Scottish Leaving Certificate Examination, 1957
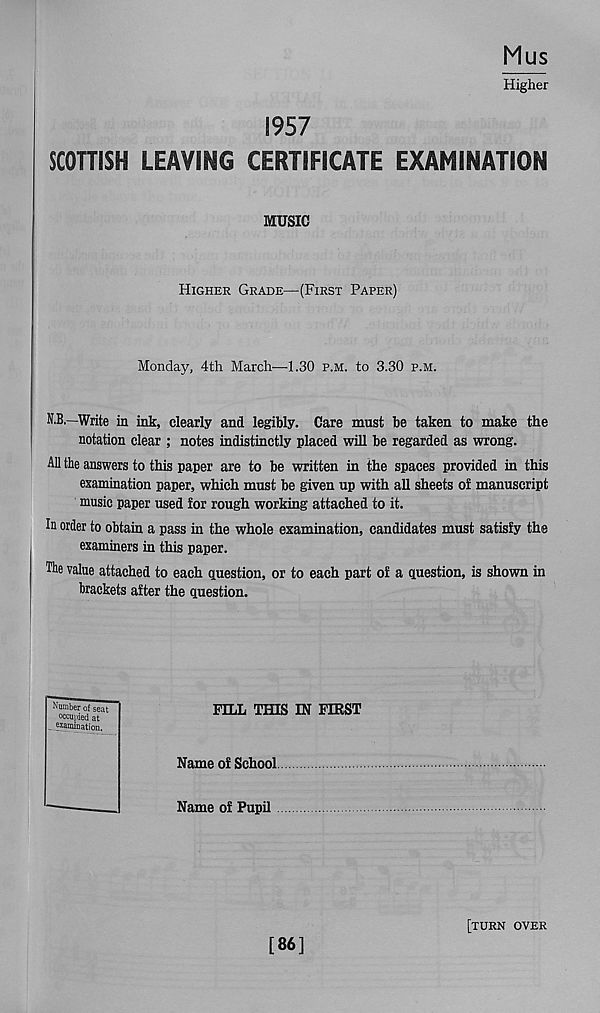
Mus
Higher
1957
SCOTTISH LEAVING CERTIFICATE EXAMINATION
MUSIC
Higher Grade—(First Paper)
Monday, 4th March—1.30 P.M. to 3.30 p.m.
N.B.—Write in ink, clearly and legibly. Care must be taken to make the
notation clear ; notes indistinctly placed will be regarded as wrong.
All the answers to this paper are to be written in the spaces provided in this
examination paper, which must be given up with all sheets o! manuscript
music paper used tor rough working attached to it.
In order to obtain a pass in the whole examination, candidates must satisfy the
examiners in this paper.
The value attached to each question, or to each part of a question, is shown in
brackets after the question.
FILL THIS IN FIRST
Name of School
Name of Pupil
Number of seat
occupied at
examination.
[86]
[turn over